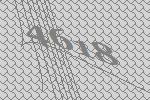
4618